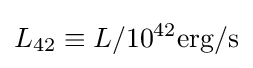
L_{42}\equiv L/10^{42}\mathrm {erg} /\mathrm {s}